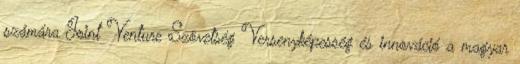
számára Joint Venture Szövetség Versenyképesség és innováció a magyar